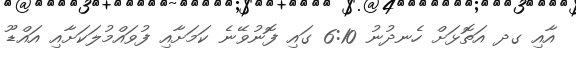
އާއި ގދ އަތޮޅަށް ހެނދުނު 6:10 ގައި ފޮނުވޭނެ ކަމަށާއި ފުވައްމުލަކަށާއި އައްޑޫ